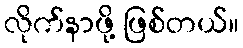
လိုက်နာဖို့ ဖြစ်တယ်။